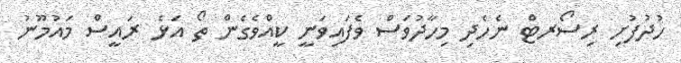
ހުދުފުށި ރިސޯރޓް ނެހެދި މިހާދުވަސް ވެފައިވަނީ ކީއްވެގެން ތޯ އަޅެ ރައީސް މައުމޫނު